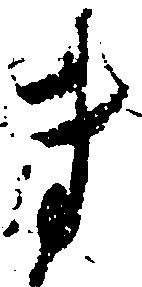
ま